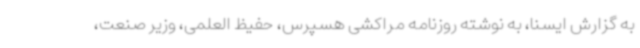
به گزارش ایسنا، به نوشته روزنامه مراکشی هسپرس، حفیظ العلمی، وزیر صنعت،